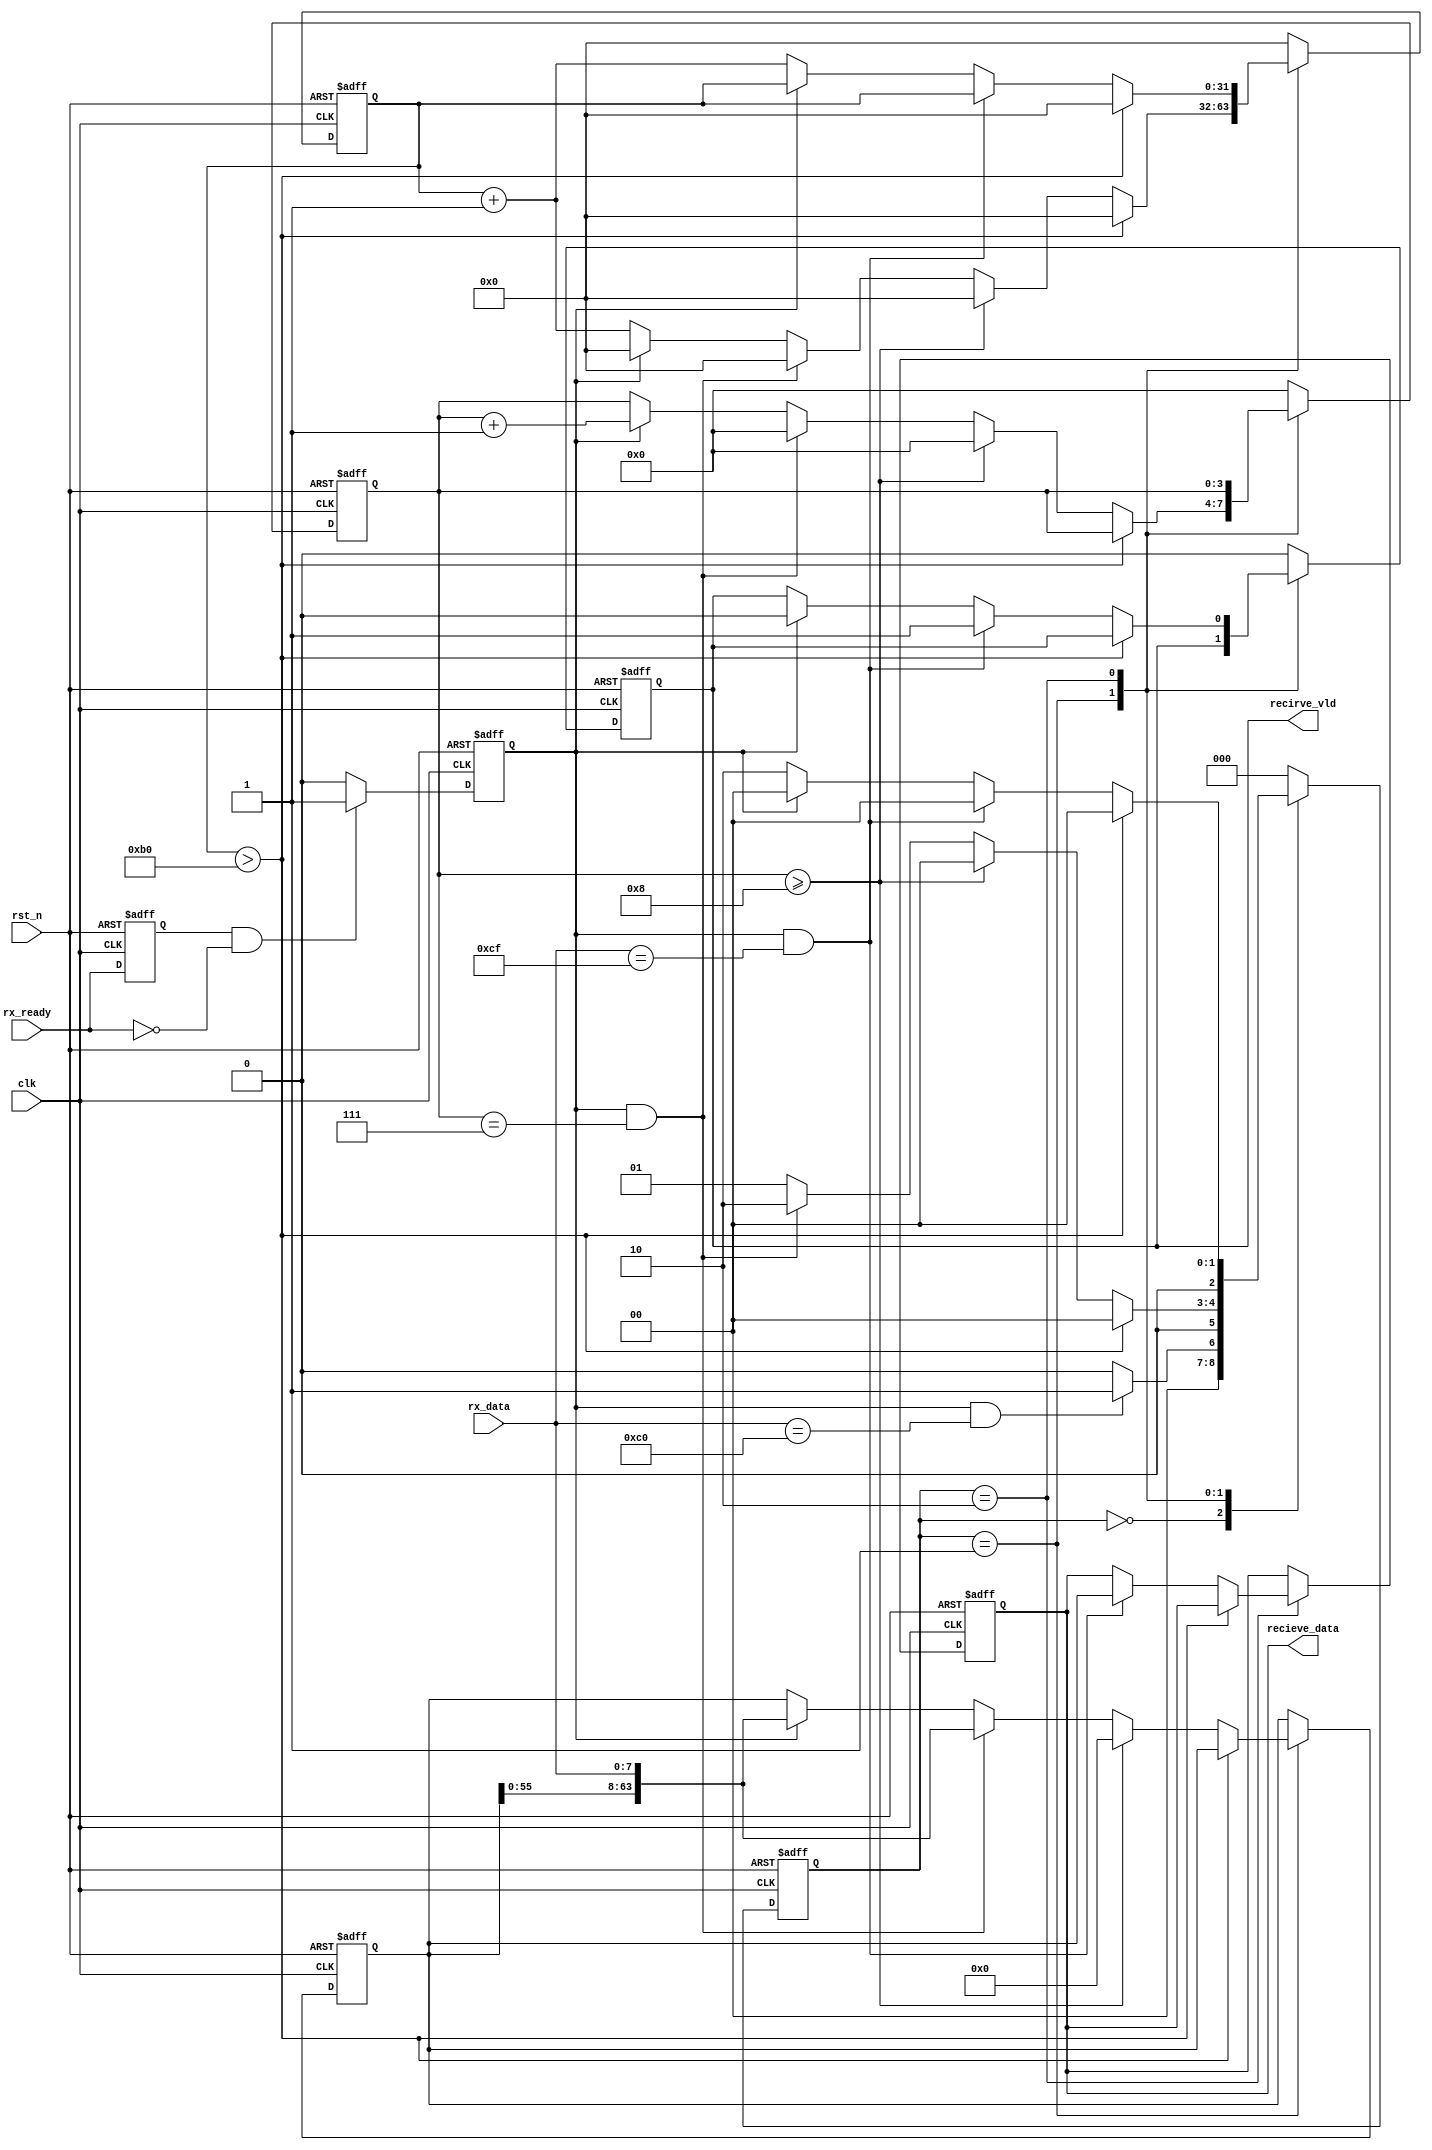
module rx_decode(
input clk,			// 
input rst_n,		//

input rx_ready,		//
input [7:0] rx_data,		//	RS232byte,byte

output [63:0] recieve_data,		//
output recirve_vld				//64
);

parameter 		WAIT_TIME	=	176	;//WAIT_TIME == clk /  * 11 

parameter		IDLE		=	3'd0,
				RV_DATA		=	3'd1,
				RV_STOP		=	3'd2,
				LENTH_RV	= 	4'd10;

reg [63:0] recieve_data_r = 64'd0;
reg [63:0] recieve_data_g = 64'd0;
reg recirve_vld_r = 1'b0;	
reg [2:0] rv_state = 3'd0;
reg [3:0] rv_cnt = 4'd0;
/*
byte*/
reg [31:0] time_cnt = 32'd0;		
reg rx_ready_d1  = 1'b0;
reg ngready_en = 1'b0;

assign recieve_data 	= 	recieve_data_g;
assign recirve_vld		=	recirve_vld_r;

////////////////10c0cf///////////////
always @ (posedge clk or negedge rst_n) begin
	if(!rst_n) 	rx_ready_d1 <= 1'b0;			//
	else		rx_ready_d1 <= rx_ready;
end
// assign	ngready_en = rx_ready_d1 & (~rx_ready);	//1byte
always @ (posedge clk or negedge rst_n) begin
	if(!rst_n) 	
			ngready_en		<= 		1'b0;			//
	else if (rx_ready_d1 && (!rx_ready)) 
			ngready_en		<= 		1'b1;
	else	
			ngready_en		<= 		1'b0;
end

always @ (posedge clk or negedge rst_n) begin
	if(!rst_n) begin
			recieve_data_r 	<= 		64'd0;
			recieve_data_g 	<=		64'd0;
			rv_state 		<= 		IDLE;
			rv_cnt			<= 		4'd0;
			recirve_vld_r 	<= 		1'b0;
			time_cnt 		<= 		32'd0;
		end
	else begin
	 case(rv_state)
	 IDLE : begin		//c0
		recirve_vld_r 	<= 		1'b0;
		rv_cnt			<= 		4'd0;
		time_cnt		<=		32'd0;
		
			if(ngready_en & (rx_data == 8'hc0)) begin		//71
				// rv_cnt 		<= 		rv_cnt + 1'b1;
				rv_state 	<= 		RV_DATA;
			end
			else begin
				rv_state 	<= 		IDLE;
				// rv_cnt		<= 		4'd0;
			end
		end
	 RV_DATA : begin	//
			if(time_cnt > WAIT_TIME) begin
				time_cnt	<=		32'd0;
				rv_state 	<= 		IDLE;
			end 
			else if(rv_cnt >= 4'd8)	begin	//
				rv_cnt 			<= 		4'd0;
				recieve_data_r 	<= 		64'd0;////////////********************
				rv_state 		<= 		IDLE;
				time_cnt 		<= 		32'd0;
			end
			else if( ngready_en & (rv_cnt == 4'd7)) begin	//8
				rv_cnt 		<= 		4'd0;
				rv_state 	<= 		RV_STOP;
				time_cnt 	<= 		32'd0;
				recieve_data_r[63:0] <= {recieve_data_r[55:0],rx_data};
			end
			else if(ngready_en) begin
				rv_cnt 		<= 		rv_cnt + 1'b1;
				rv_state 	<= 		RV_DATA;
				time_cnt 	<= 		32'd0;
				recieve_data_r[63:0] <= {recieve_data_r[55:0],rx_data};
			end
			else begin
				rv_state 	<= 		RV_DATA;
				time_cnt	<= 		time_cnt + 1'b1;//bit
			end
		end
	 RV_STOP : begin	//cf
			if(time_cnt > WAIT_TIME) begin	//
				time_cnt	<=		32'd0;
				rv_state 	<= 		IDLE;
			end 
			else if(ngready_en & (rx_data == 8'hcf)) begin		//1c
				recirve_vld_r 	<= 		1'b1;
				recieve_data_g 	<=		recieve_data_r;
				rv_state 		<= 		IDLE;
			end
			else if(ngready_en)begin	//
				recirve_vld_r 	<= 		1'b0;
				recieve_data_g 	<=		recieve_data_g;
				rv_state 		<= 		IDLE;
			end
			else begin
				rv_state 	<= 		RV_STOP;
				time_cnt	<= 		time_cnt + 1'b1;
			end
		end
	 default : begin
				recirve_vld_r 	<= 		1'b0;
				rv_cnt			<= 		4'd0;
				recieve_data_g 	<=		recieve_data_g;
				rv_state 		<= 		IDLE;
				time_cnt		<=		32'd0;
	 end
	 endcase
	end
end







endmodule